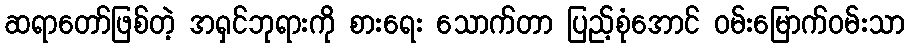
ဆရာတော်ဖြစ်တဲ့ အရှင်ဘုရားကို စားရေး သောက်တာ ပြည့်စုံအောင် ဝမ်းမြောက်ဝမ်းသာ